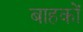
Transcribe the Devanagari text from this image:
बाहकों